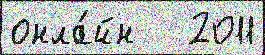
онла́йн   2011